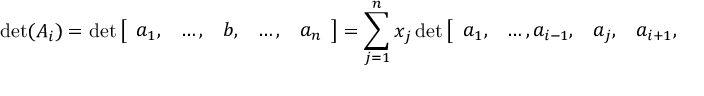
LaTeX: \operatorname* { d e t } ( A _ { i } ) = \operatorname* { d e t } { \left[ \begin{array} { l l l l l } { a _ { 1 } , } & { \ldots , } & { b , } & { \ldots , } & { a _ { n } } \end{array} \right] } = \sum _ { j = 1 } ^ { n } x _ { j } \operatorname* { d e t } { \left[ \begin{array} { l l l l l l } { a _ { 1 } , } & { \ldots , a _ { i - 1 } , } & { a _ { j } , } & { a _ { i + 1 } , } & { \ldots , } & { a _ { n } } \end{array} \right] } = x _ { i } \operatorname* { d e t } ( A )